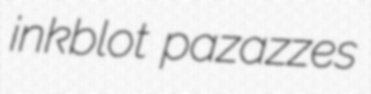
inkblot pazazzes